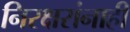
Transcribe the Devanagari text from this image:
निरक्षरांनाही